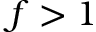
f > 1